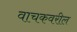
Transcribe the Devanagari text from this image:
वाचकवरील